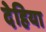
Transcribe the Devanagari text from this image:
देहिया